Annual statistical returns and brief notes on vaccination in Bengal - 1909-1929
Year: 1909
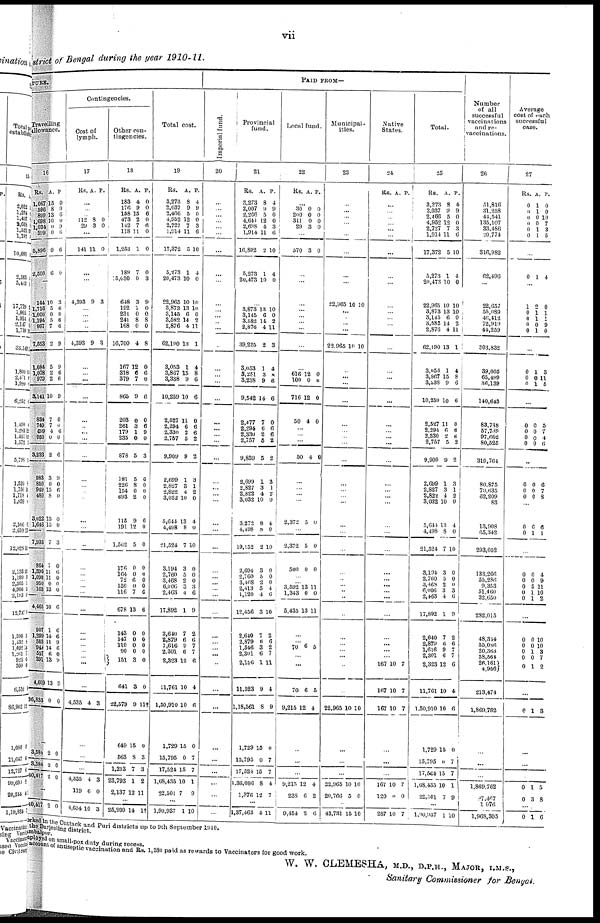
vii
District of Bengal during the year 1910-11.
TURE.
Travelling
allowance.
16
Rs.
1,067
596
899
1,698
1,034
599
5,896
2,500
A.
15
8
13
10
0
0
0
6
P
0
9 6
0
9
0
6
0
...
144
1,716
1,000
1,194
997
7,553
1,084
1,078
979
8,141
834
749
699
956
8,283
983
850
949
480
3,022
1,646
7,933
864
1,396
1,090
950
163
4,465
907
1,299
503
949
557
391
4,609
36,833
10
5
0
5
7
2
5
2
2
10
7
7
1
0
2
3
0
15
8
13
15
7
7
11
11
0
13
10
1
14
11
14
6
13
13
0
3
6 0
6
6
9
9
6
6
9
0
0
6
0
6
9
0
6
0
0
0
3
0
6
0
0
0
6
6
6
9
0
0
9
9
0
...
3,584 2 0
...
40,417 2 0
...
...
40,417 2 0
Contingencies.
Cost of
lymph.
17
Rs. A. P.
...
...
... 112
29
8
3
0
0
...
141 11 0
...
...
4,393 9 3
... ...
...
...
4,393 9 3
...
...
...
...
...
...
...
...
...
...
...
...
...
...
...
...
...
...
...
...
...
...
...
...
...
...
...
...
...
4,535 4 3
...
...
...
4,535
119
4
6
3
0
...
4,654 10 3
Other con-
tingencies.
18
Rs.
183
176
158
473
142
118
1,253
189
5,630
648
192
231
241
168
16,700
167
318
379
865
203
261
179
235
878
181
226
154
693
115
191 1
1,562
176
164
72
150
116
678
143
147 110
90
151
641
22,579
649
563
1,213
23,793
2,137
A.
4
9
15
2
7
11
1
7
0
3
1
0
8
0
4
12
6
7
9
0
3
1
0
5
5
8
0 2
9
12
5
0
0
6
0
7
13
0
0 0
0
3
3
9
15
8
7
1
12
P.
0
0
6
0
6 0
0
0
3
9
0
0
8
0
8
0
6
0
6
0
6
9
0
8
6
0
0 0
6
0
0
0
0
0
0
6
6
0
0 0
0
0
0
11†
0
3
3
2
11
...
26,930 14 1†
Total cost.
19
Rs.
3,273
2,037
2,466
4,952
2,727 1,914
17,372
5,273
20,473
22,965
3,873
3,145
3,582
2,876
62,190
3,053
3,867
3,338
10,259
2,527
2,294
2,330
2,757
9,909
2,699
2,827
2,822
3,032
5,644
4,498
21,524
3,194
2,760
3,468
6,006
2,463
17,892
2,640
2,879
1,616
2,301
2,323
11,761
1,50,910
1,729
15,795
17,524
1,68,436
22,501
A.
8
9
5
12
7
11
5
1
10
10
13
6
14
4
13
1
15
9
10
11
6
2
5
9
1
3
4
10
13
8
7
3
5
2
3
4
1
7
6
9
6
12
10
10
15
0
15
10
7
P.
4
9
0
0
3
6
10
4
0
10
10
0
2
11
1
4
8
6
6
0
6
6
2
2
3
1
2
0
4
0
10
0
0
0
3
6
9
2
6
7
7
6
4
6
0
7
7
1
9
...
1,90,937 1 10
PAID FROM—
Imperial fund.
20
...
...
...
...
...
...
...
...
...
...
...
...
... ...
...
...
...
...
...
...
...
...
...
...
...
...
...
...
...
...
...
...
...
...
...
...
...
...
...
...
...
...
...
...
...
...
...
...
...
...
...
Provincial
fund.
21
Rs.
3,273
2,007
2,266
4,641
2,698
1,914
16,802
5,273
20,473
A.
8
9
5
12
4
11
2
1
10
P.
4
9
0
0
3
6
10
4
0
...
3,873
3,145
3,582
2,876
39,225
3,053
3,251
3,238
9,542
2 477
2,294
2,330
2,757
9,859
2,699
2,827
2,822
3,032
3,272
4,498
19,152
2,694
2,760
3,468
2,413
1,120
12,456
2,640
2,879
1,546
2,301
2,156
11,523
1,18,561
1,729
15,795
17,524
1,30,086
1,376 1
13
6
14
4
2
1
3
9
14
7
6
2
5
5
1
3
4
10
8
8
2
3
5
0,
5
4
3
7
6
3
6
1
9
8
15
0
15
8
12
10
0
2
11
3
4
8
6
6
0
6
6
2
2
3
1
2
0
4
0
10
0
0
0
4
6
10
2
6
2
7
11
4
9
0
7
7
4
7
...
1,37,463 4 11
Local fund.
22
RS. A. P.
... 30
200
311
29
0
0
0
3
0
0
0
0
...
570 3 0
...
...
...
...
...
... ...
...
...
616
100
716
50
12
0
12
4
0
0
0
0
...
...
...
50 4 0
...
...
...
...
2,372 5 0
...
2,372
500
5
0
0
0
...
... 3,592
1,343
5,435
13
0
13
11
0
11
...
... 70 6 5
...
...
70
9,215
6
12
6
4
...
...
...
9,215
238
12
6
4
2
...
9,454 2 6
Municipal-
ities.
23
...
...
...
...
...
...
...
...
...
22,965 10 10
... ...
...
...
22,965 10 10
...
...
...
...
...
...
...
...
...
...
...
...
...
...
...
...
...
...
...
... ..
...
...
...
...
...
...
...
22,965 10 10
...
...
...
22,965
20,766
10
5
10
0
...
43,731 15 10
Native
States.
24
Rs. A. P.
...
...
...
...
... ...
...
...
...
...
...
...
...
...
...
...
...
...
...
...
...
... ...
...
...
...
... ...
...
...
...
...
...
...
...
...
...
...
...
...
...
167
167
167
10
10
10
7
7
7
...
...
...
167
120
10
0
7
0
...
287 10 7
Total.
25
Rs.
3,273
2,037
2,466
4,952
2,727
1,914
17,372
5,273
20,473
22,965
3,873
3,145
3,682
2,876
62,190
3,053
3,867
3,538
10,259
2,527
2,294
2,330
2,757
9,909
2,699
2,827
2,822
3,032
5,644
4,498
21,524
3,194
2,760
3,468
6,006
2,463
17,892
2,640
2,879
1,616
2,301
2,323
11,761
1,50,910
1,729
15,795
17,524
1,68,435
22,50l
A.
8
9
5
12
7
11
5
1
10
10
13
6
14
4
13
1
15
9
10
11
6
2
5
9
1
3
4
10
13
8
7
3
5
2
3
4
1
7
6
9
6
12
10
10
15
0
15
10
7
P.
4
9
0
0
3
6
10
4
0
10
10
0
2
11
1
4
8
6
6
0
6
6
2
2
3
1
2
0
4
0
10
0
0
0
3
6
9
2
6
7
7
6
4
6
0
7
7
1
9
...
1,90,937 1 10
Number
of all
successful
vaccinations
and re-
vaccinations.
26
51,816
31,258
44,541
135,107
33,486
20,774
316,982
62,496
...
22,657
55,089
46,412
72,919
44,259
303,832
39,005
65,499
36,139
140,643
83,788
57,789
97,662
80,525
319,764
80,875
70,635
62,209
83
13,908
65,342
293,052
133,266
55,286
9,353
51,460
32,650
282,015
48,344
55,036
20,360
58,564
26,161
4,956
213,474
1,869,762
...
...
...
1,869,762
97,467
1,076
1,968,305
Average
cost of each
successful
case.
27
Rs.
0
0
0 0
0
0
A.
1
1
0
0
1
1
P.
0
0
10
7
3
5
...
0 1 4
...
1
0 0
0
0
2
1
1
0
1
0
1
1
9
0
...
0
0
0
1
0
1
3
11
5
...
0
0
0
0
0
0
0
0
5
7
4
6
...
0
0
0
0
0
0
6
7
8
...
0
0
6
1
6
1
...
0
0
0
0
0
0
0
5
1
1
4
9
11
10
2
...
0
0
0
0
0
0
0
1
0
1
10
10
3
7
2
...
0 1 3
...
...
...
0
0
1
3
5
8
...
0 1 6
worked in the Cuttack and Puri districts up to 9th September 1910.
the Darjeeling district.
employed on small-pox duty during recess.
account of antiseptic vaccination and Rs. 1,380 paid as rewards to Vaccinators for good work.
W. W. CLEMESHA, M.D., D.P.H., MAJOR, I.M.S.,
Sanitary Commissioner for Bengal.